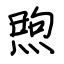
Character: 煦